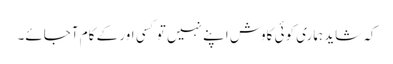
کہ شاید ہماری کوئی کاوش اپنے نہیں تو کسی اور کے کام آجائے۔